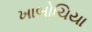
ખાબોચિયા